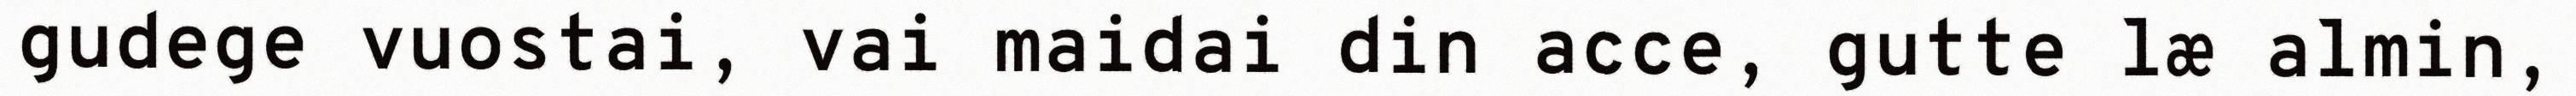
gudege vuostai, vai maidai din acce, gutte læ almin,